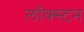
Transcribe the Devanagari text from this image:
लॉक्स्टन